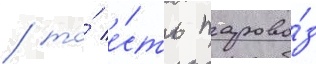
/ то́ е́сть парово́з